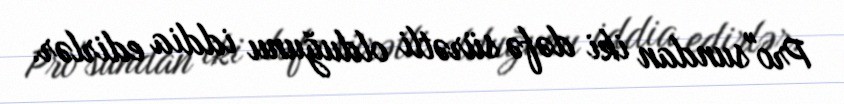
Pro"sundan iki dəfə sürətli olduğunu iddia edirlər.